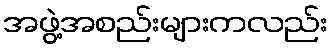
အဖွဲ့အစည်းများကလည်း